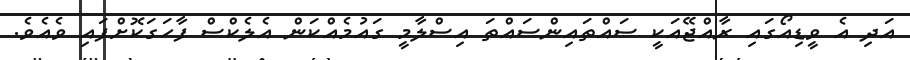
އަދި އެ ވީޑިއޯގައި ރާއްޖޭއަކީ ސައްތައިންސައްތަ އިސްލާމީ ގައުމެއްކަން އެލެކްސް ފާހަގަކޮށްފައި ވެއެވެ.